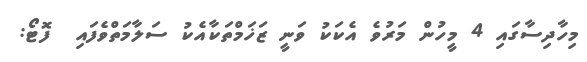
މިހާދިސާގައި 4 މީހުން މަރުވެ އެކަކު ވަނީ ޒަޚަމްތަކާއެކު ސަލާމަތްވެފައި  ފޮޓޯ: